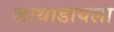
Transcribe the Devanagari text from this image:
लाथाडायला